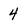
Character: 4